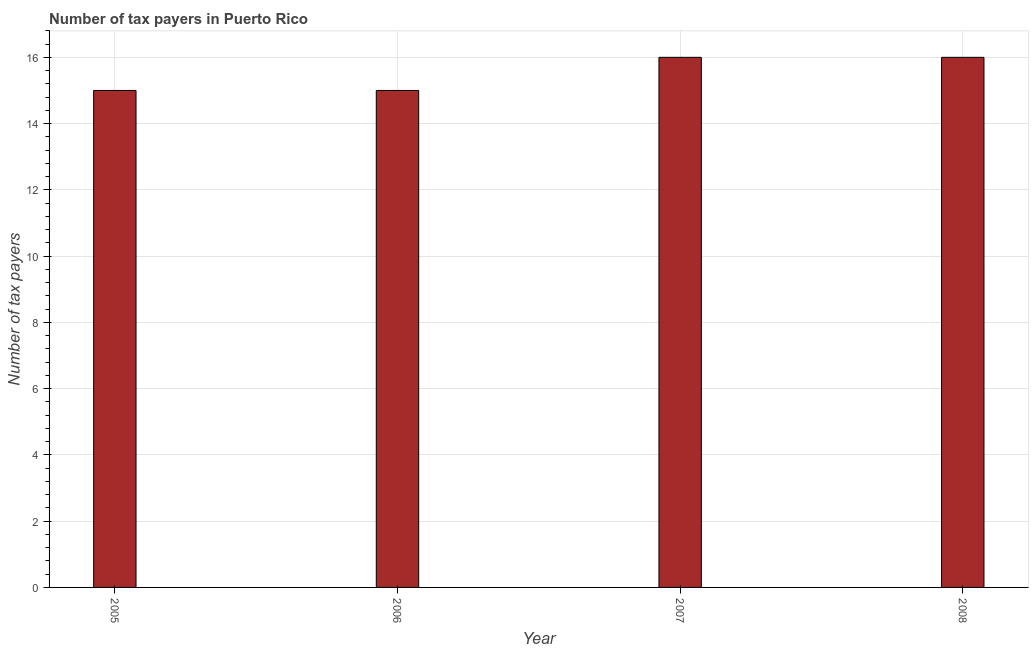
| Year | Tax payments |
 | --- | --- |
 | 2005 | 15 |
 | 2006 | 15 |
 | 2007 | 16 |
 | 2008 | 16 |